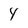
Character: 4